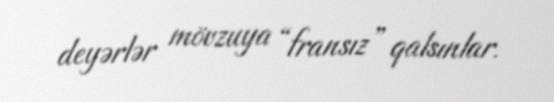
deyərlər mövzuya “fransız” qalsınlar.